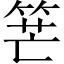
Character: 𥭶